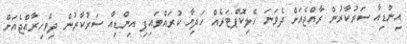
އިންޑިއާ ސަރުކާރުން ރާއްޖެއަށް ދެވަނަ ހެލިކޮޕްޓަރެއް ހަދިޔާ ކުރައްވައިފި އިންޑިއާ ސަރުކާރުން ދިވެހިރާއްޖެއަށް